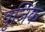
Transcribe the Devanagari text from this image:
वृजिक